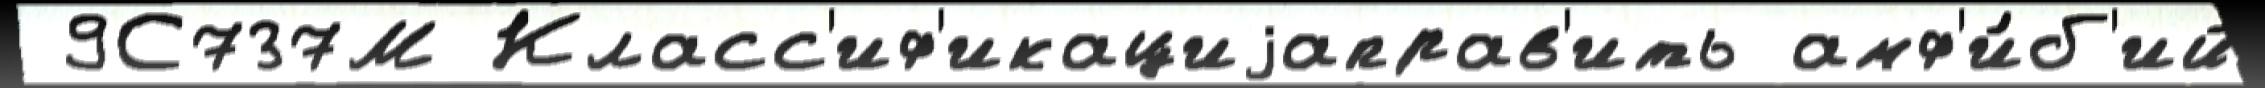
 9С737М Класс'иф'икациjаправ'ить амф'и́б'ий